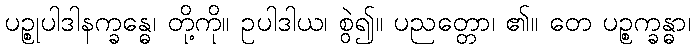
ပဉ္စုပါဒါနက္ခန္ဓေ၊ တို့ကို။ ဥပါဒါယ၊ စွဲ၍။ ပညတ္တော၊ ၏။ တေ ပဉ္စက္ခန္ဓာ၊